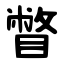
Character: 瞥